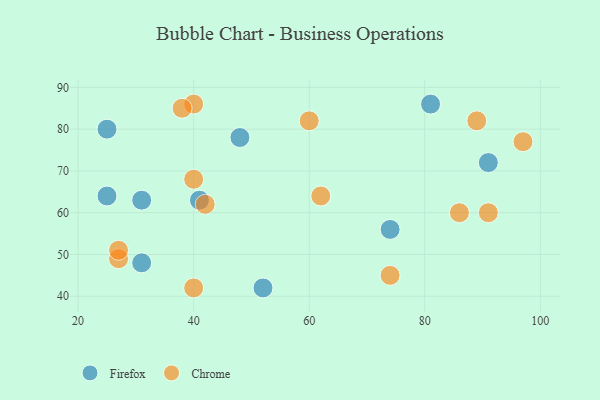
{"axis": {"x": "GDP", "y": "Life Expectancy"}, "legend": ["Chrome", "Firefox"], "data": [{"x": "25", "y": 64, "type": "Firefox"}, {"x": "25", "y": 80, "type": "Firefox"}, {"x": "74", "y": 56, "type": "Firefox"}, {"x": "31", "y": 63, "type": "Firefox"}, {"x": "48", "y": 78, "type": "Firefox"}, {"x": "41", "y": 63, "type": "Firefox"}, {"x": "81", "y": 86, "type": "Firefox"}, {"x": "91", "y": 72, "type": "Firefox"}, {"x": "31", "y": 48, "type": "Firefox"}, {"x": "52", "y": 42, "type": "Firefox"}, {"x": "62", "y": 64, "type": "Chrome"}, {"x": "60", "y": 82, "type": "Chrome"}, {"x": "40", "y": 86, "type": "Chrome"}, {"x": "97", "y": 77, "type": "Chrome"}, {"x": "74", "y": 45, "type": "Chrome"}, {"x": "91", "y": 60, "type": "Chrome"}, {"x": "42", "y": 62, "type": "Chrome"}, {"x": "38", "y": 85, "type": "Chrome"}, {"x": "27", "y": 49, "type": "Chrome"}, {"x": "40", "y": 42, "type": "Chrome"}, {"x": "86", "y": 60, "type": "Chrome"}, {"x": "40", "y": 68, "type": "Chrome"}, {"x": "27", "y": 51, "type": "Chrome"}, {"x": "89", "y": 82, "type": "Chrome"}]}